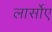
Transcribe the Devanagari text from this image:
लार्सोए